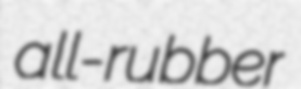
all-rubber